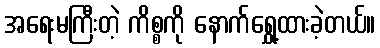
အရေးမကြီးတဲ့ ကိစ္စကို နောက်ရွှေ့ထားခဲ့တယ်။